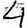
Digit: 4